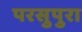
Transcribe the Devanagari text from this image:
परसुपुरा